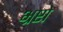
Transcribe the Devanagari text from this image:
भ्रष्टो